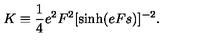
K \equiv \frac { 1 } { 4 } e ^ { 2 } F ^ { 2 } [ \sinh ( e F s ) ] ^ { - 2 } .